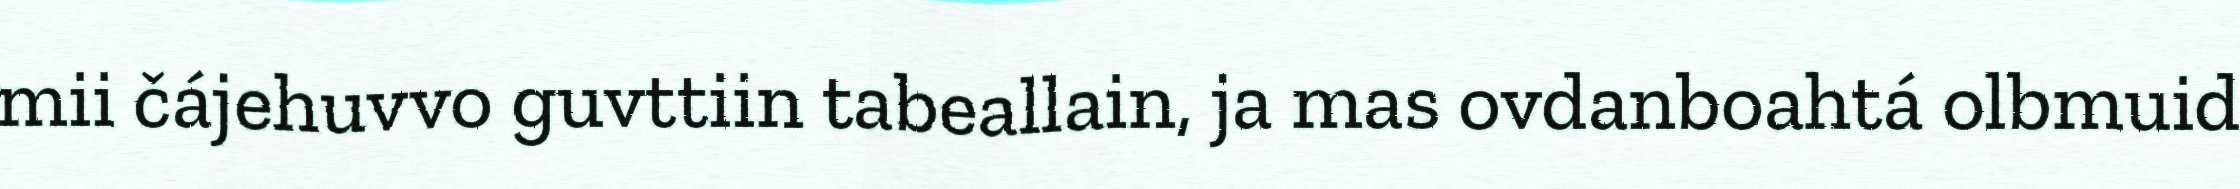
mii čájehuvvo guvttiin tabeallain, ja mas ovdanboahtá olbmuid